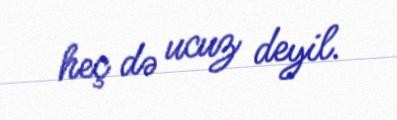
heç də ucuz deyil.